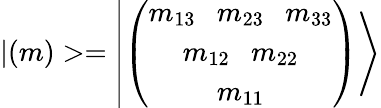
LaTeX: |(m)>=\left|\left(\begin{array}{c}{{m_{13}~~~m_{23}~~~m_{33}}}\\ {{m_{12}~~~m_{22}}}\\ {{m_{11}}}\end{array}\right)\right>